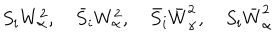
LaTeX: S _ { i } W _ { \alpha } ^ { 2 } , \quad \bar { S } _ { i } W _ { \alpha } ^ { 2 } , \quad \bar { S } _ { i } \bar { W } _ { \dot { \alpha } } ^ { 2 } , \quad S _ { i } \bar { W } _ { \dot { \alpha } } ^ { 2 }